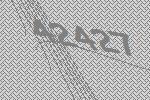
42427